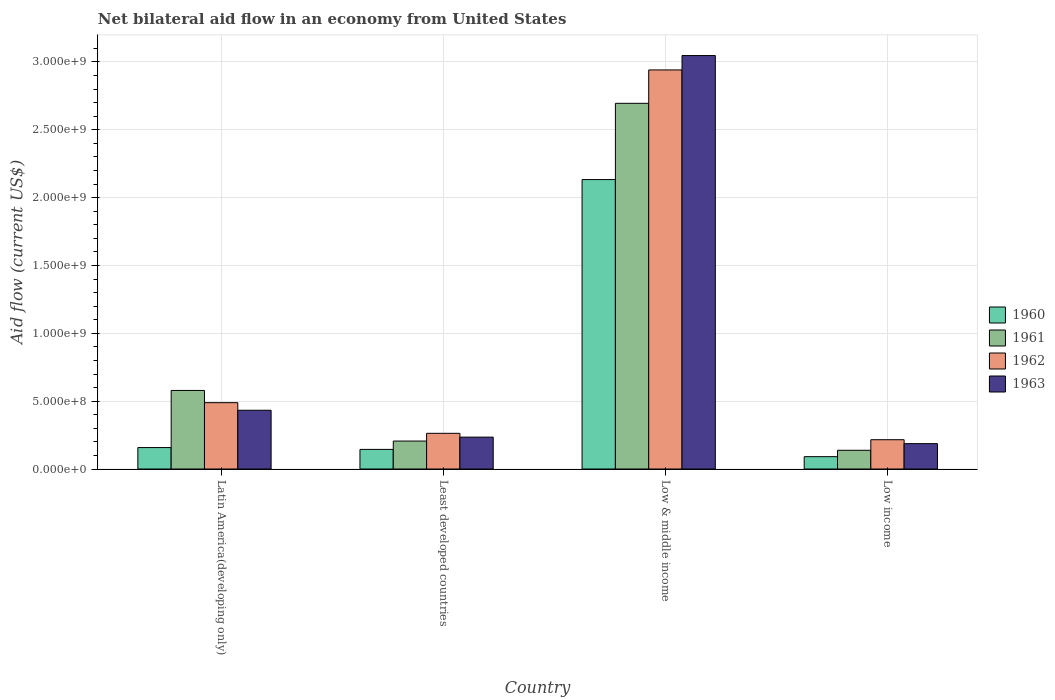
| Country | 1960 | 1961 | 1962 | 1963 |
 | --- | --- | --- | --- | --- |
 | Latin America(developing only) | 1.58e+08 | 5.79e+08 | 4.89e+08 | 4.33e+08 |
 | Least developed countries | 1.45e+08 | 2.06e+08 | 2.63e+08 | 2.35e+08 |
 | Low & middle income | 2.13e+09 | 2.7e+09 | 2.94e+09 | 3.05e+09 |
 | Low income | 9.1e+07 | 1.38e+08 | 2.16e+08 | 1.87e+08 |